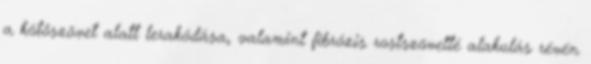
a kötőszövet alatt lerakódása, valamint fibrózis rostszövetté alakulás révén